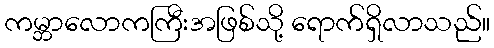
ကမ္ဘာလောကကြီးအဖြစ်သို့ ရောက်ရှိလာသည်။